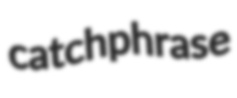
catchphrase